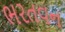
ભરતવન